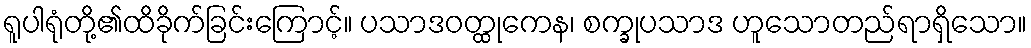
ရူပါရုံတို့၏ထိခိုက်ခြင်းကြောင့်။ ပသာဒဝတ္ထုကေန၊ စက္ခုပသာဒ ဟူသောတည်ရာရှိသော။